Vaccination in Bombay 1924-1928 - 1924-1928
Year: 1924
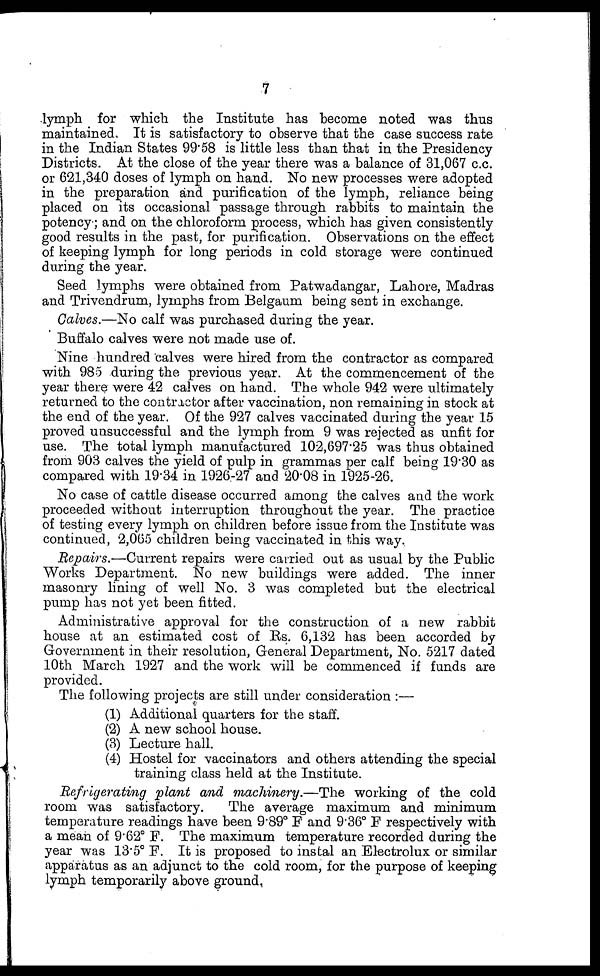
7
lymph for which the Institute has become noted was thus
maintained. It is satisfactory to observe that the case success rate
in the Indian States 99.58 is little less than that in the Presidency
Districts. At the close of the year there was a balance of 31,067 c.c.
or 621,340 doses of lymph on hand. No new processes were adopted
in the preparation and purification of the lymph, reliance being
placed on its occasional passage through rabbits to maintain the
potency-; and on the chloroform process, which has given consistently
good results in the past, for purification. Observations on the effect
of keeping lymph for long periods in cold storage were continued
during the year.
Seed lymphs were obtained from Patwadangar, Lahore, Madras
and Trivendrum, lymphs from Belgaum being sent in exchange.
Calves.—No calf was purchased during the year.
Buffalo calves were not made use of.
Nine hundred calves were hired from the contractor as compared
with 985 during the previous year. At the commencement of the
year there were 42 calves on hand. The whole 942 were ultimately
returned to the contractor after vaccination, non remaining in stock at
the end of the year. Of the 927 calves vaccinated during the year 15
proved unsuccessful and the lymph from 9 was rejected as unfit for
use. The total lymph manufactured 102,697.25 was thus obtained
from 903 calves the yield of pulp in grammas per calf being 19.30 as
compared with 19.34 in 1926-27 and 20.08 in 1925-26.
No case of cattle disease occurred among the calves and the work
proceeded without interruption throughout the year. The practice
of testing every lymph on children before issue from the Institute was
continued, 2,065 children being vaccinated in this way.
Repairs.—Current repairs were carried out as usual by the Public
Works Department. No new buildings were added. The inner
masonry lining of well No. 3 was completed but the electrical
pump has not yet been fitted.
Administrative approval for the construction of a new rabbit
house at an estimated cost of Rs. 6,132 has been accorded by
Government in their resolution, General Department, No. 5217 dated
10th March 1927 and the work will be commenced if funds are
provided.
The following projects are still under consideration :—
(1) Additional quarters for the staff.
(2) A new school house.
(3) Lecture hall.
(4) Hostel for vaccinators and others attending the special
training class held at the Institute.
Refrigerating plant and machinery.—The working of the cold
room was satisfactory.
The average maximum and minimum
temperature readings have been 9.89° F and 9.36° F respectively with
a mean of 9.62° F. The maximum temperature recorded during the
year was 13.5° F. It is proposed to instal an Electrolux or similar
apparatus as an adjunct to the cold room, for the purpose of keeping
lymph temporarily above ground.